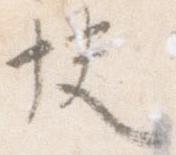
快